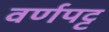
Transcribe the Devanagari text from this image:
वर्णपट्ट